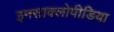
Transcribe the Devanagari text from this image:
इनसाक्लोपीडिया